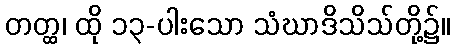
တတ္ထ၊ ထို ၁၃-ပါးသော သံဃာဒိသိသ်တို့၌။